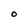
Character: O